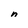
Character: n